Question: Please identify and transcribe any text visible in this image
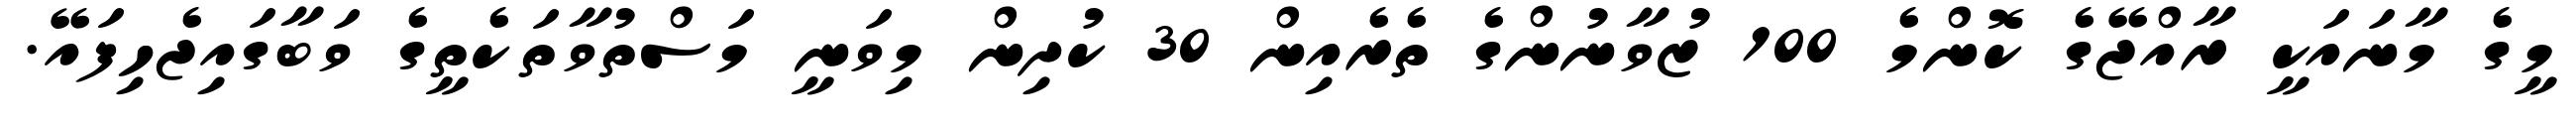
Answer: މީގެ މާނައަކީ ރާއްޖޭގެ ކޮންމެ 100 ޒުވާނުންގެ ތެރެއިން 30 ކުދިން މިވަނީ މަސްތުވާތަކެތީގެ ވަބާގައިޖެހިފައޭ.